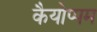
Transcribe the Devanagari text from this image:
कैयोप्पम